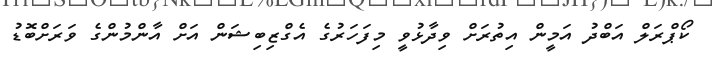
ކޯޕްރަލް އަބްދު އަމީން އިތުރަށް ވިދާޅުވީ މިފަހަރުގެ އެގްޒިބިޝަން އަށް އާންމުންގެ ވަރަށްބޮޑު